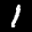
Label: 1